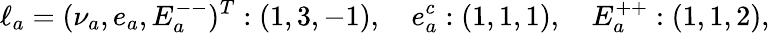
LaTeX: \ell_{a}=(\nu_{a},e_{a},E_{a}^{--})^{T}:(1,3,-1),\quad e_{a}^{c}:(1,1,1),\quad E_{a}^{++}:(1,1,2),